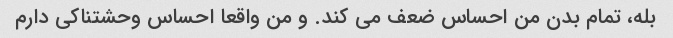
بله، تمام بدن من احساس ضعف می کند. و من واقعا احساس وحشتناکی دارم